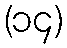
(၁၄)